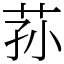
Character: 荪